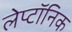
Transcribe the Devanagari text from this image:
लेप्टॉनिक